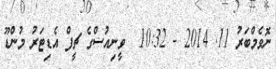
ނޮވެމްބަރު 11